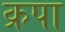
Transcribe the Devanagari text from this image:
क्रपा